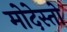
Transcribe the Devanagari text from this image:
मोदेस्तो